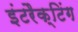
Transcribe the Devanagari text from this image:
इंटरैक्टिंग